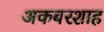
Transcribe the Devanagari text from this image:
अकबरशाह